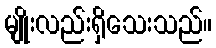
မျိုးလည်းရှိသေးသည်။